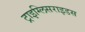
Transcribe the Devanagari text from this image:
ट्राइग्लिसराइडस